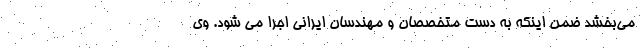
می‌بخشد ضمن اینکه به دست متخصصان و مهندسان ایرانی اجرا می شود. وی